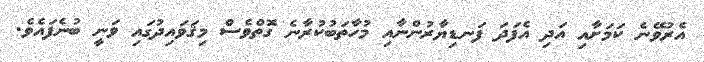
އެރުވޭނެ ކަމަށާއި އަދި އެފަދަ ފަނޑިޔާރުންނާއި މުހާތަބުކުރާނެ ގޮތްވެސް މިޤަވައިދުގައި ވަނީ ބުނެފައެވެ.